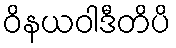
ဝိနယဝါဒီတိပိ